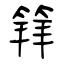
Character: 𥯟